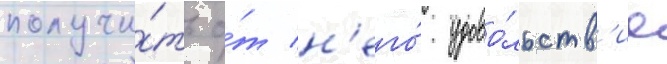
получи́ть о́т н'его́ удово́льств'ие